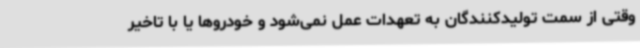
وقتی از سمت تولیدکنندگان به تعهدات عمل نمی‌شود و خودروها یا با تاخیر